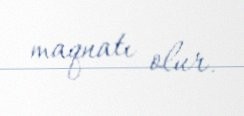
maqnatı olur.